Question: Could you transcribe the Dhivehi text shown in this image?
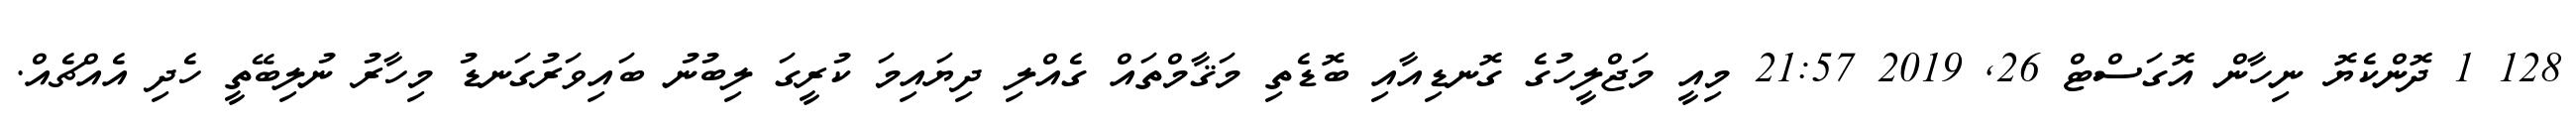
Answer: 128 1 ދޮންކެޔޮ ނިހާން އޮގަސްޓް 26, 2019 21:57 މިއީ މަޖްލީހުގެ ގޮނޑިއާއި ބޮޑެތި މަޤާމްތައް ގެއްލި ދިޔައިމަ ކުރީގަ ލިބުނު ބައިވަރުގަނޑު މިހާރު ނުލިބޭތީ ހެދި އެއްޗެއް.